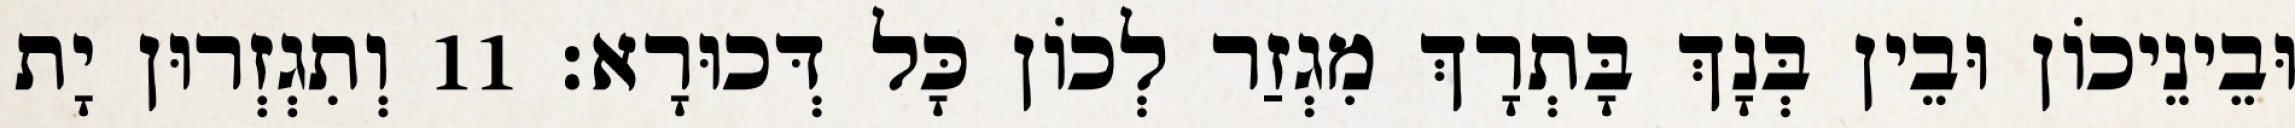
וּבֵינֵיכוֹן וּבֵין בְּנָךְ בָּתְרָךְ מִגְזַר לְכוֹן כָּל דְּכוּרָא׃ 11 וְתִגְזְרוּן יָת